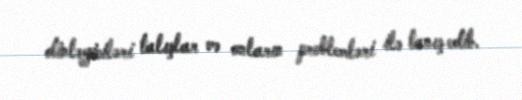
dinləyiciləri talışlar və onların problemləri ilə tanış edib.